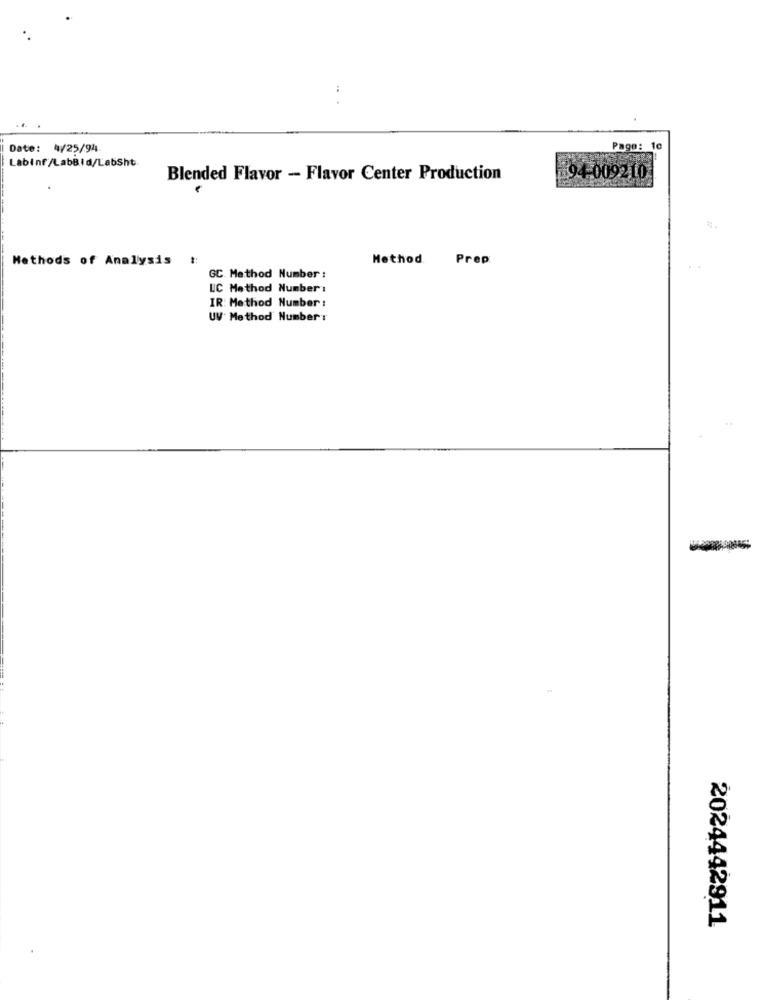
Date: 4/25/94
Page: 10
Labinf/LabBid/LabSht
Blended Flavor - Flavor Center Production
94-009210
Methods of Analysis !:
Method.
Prep
GC Method Number :
UC Method Number:
IR: Method Number :
UV Method Number:
...
2024442911